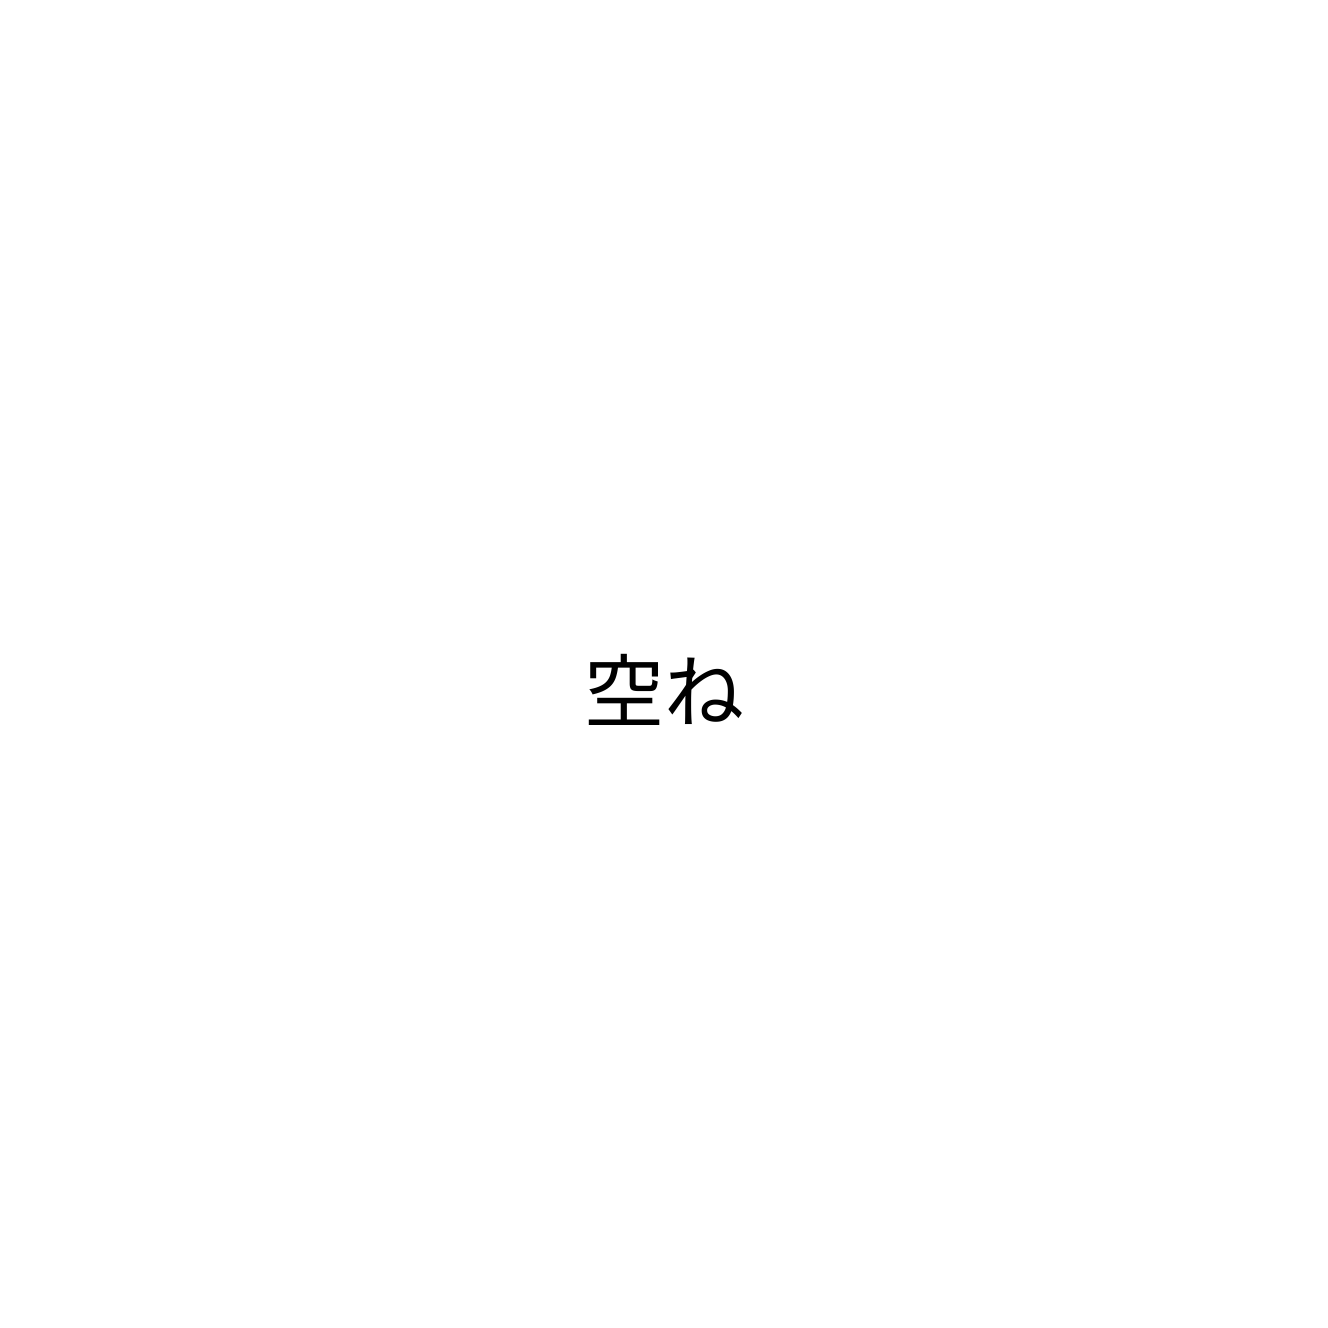
空ね